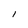
Character: I